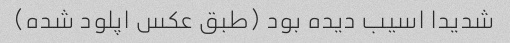
شدیدا اسیب دیده بود (طبق عکس اپلود شده)